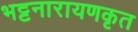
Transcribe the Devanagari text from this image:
भट्टनारायणकृत